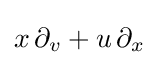
x\,\partial _{v}+u\,\partial _{x}